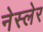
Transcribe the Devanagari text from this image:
नेस्लेर